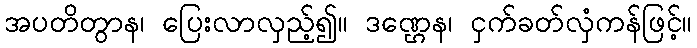
အပတိတွာန၊ ပြေးလာလှည့်၍။ ဒဏ္ဌေန၊ ငှက်ခတ်လှံကန်ဖြင့်။